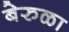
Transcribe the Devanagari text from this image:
बेरुळा